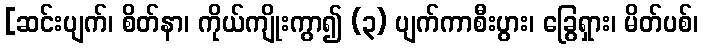
[ဆင်းပျက်၊ စိတ်နာ၊ ကိုယ်ကျိုးကွာ၍ (၃) ပျက်ကာစီးပွား၊ ခြွေရှား၊ မိတ်ပစ်၊